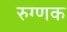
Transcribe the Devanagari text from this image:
रुग्णक